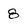
Character: 8